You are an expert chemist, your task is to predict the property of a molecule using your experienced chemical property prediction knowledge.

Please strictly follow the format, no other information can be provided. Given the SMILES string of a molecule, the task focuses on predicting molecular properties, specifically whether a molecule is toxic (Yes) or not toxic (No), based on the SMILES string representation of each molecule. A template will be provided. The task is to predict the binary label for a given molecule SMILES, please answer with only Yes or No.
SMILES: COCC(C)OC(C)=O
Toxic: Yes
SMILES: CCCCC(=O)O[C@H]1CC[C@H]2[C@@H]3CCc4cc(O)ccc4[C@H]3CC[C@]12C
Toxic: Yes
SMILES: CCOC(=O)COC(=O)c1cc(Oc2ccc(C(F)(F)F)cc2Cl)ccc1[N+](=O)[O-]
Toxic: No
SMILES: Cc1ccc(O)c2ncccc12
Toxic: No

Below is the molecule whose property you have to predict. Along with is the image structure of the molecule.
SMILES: CCCC(=O)Nc1ccc(OCC(O)CNC(C)C)c(C(C)=O)c1
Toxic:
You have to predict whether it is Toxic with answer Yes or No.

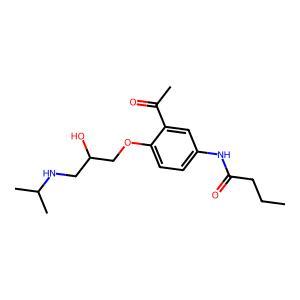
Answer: No